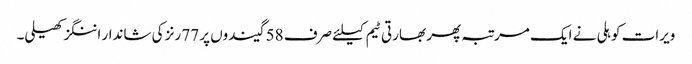
ویرات کوہلی نے ایک مرتبہ پھر بھارتی ٹیم کیلئے صرف 58 گیندوں پر 77 رنز کی شاندار اننگز کھیلی۔